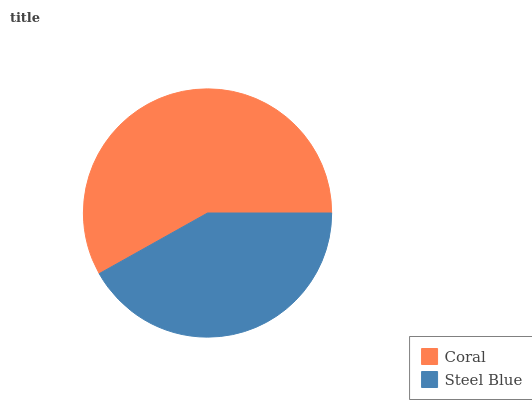
| Coral | Steel Blue |
 | --- | --- |
 | 58.1% | 41.9% |